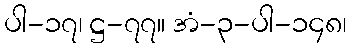
ပါ-၁၇၊ ဋ္ဌ-၇၇။ အံ-၃-ပါ-၁၄၈၊